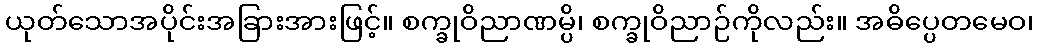
ယုတ်သောအပိုင်းအခြားအားဖြင့်။ စက္ခုဝိညာဏမ္ပိ၊ စက္ခုဝိညာဉ်ကိုလည်း။ အဓိပ္ပေတမေဝ၊